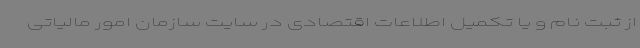
از ثبت نام و یا تکمیل اطلاعات اقتصادی در سایت سازمان امور مالیاتی